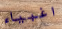
اغبياء